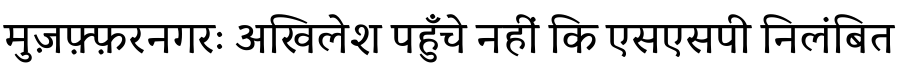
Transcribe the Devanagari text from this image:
मुज़फ़्फ़रनगरः अखिलेश पहुँचे नहीं कि एसएसपी निलंबित